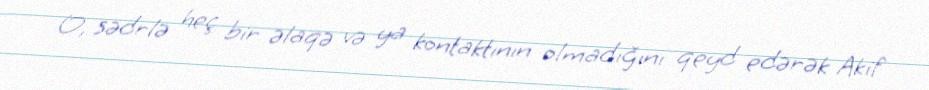
O, sədrlə heç bir əlaqə və ya kontaktının olmadığını qeyd edərək Akif